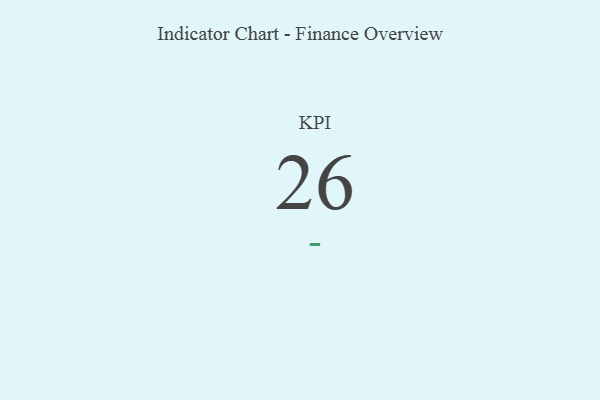
{"axis": {"x": "KPI", "y": "Value"}, "legend": [""], "data": [{"x": "KPI", "y": 26, "type": ""}]}